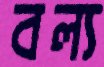
বল্য